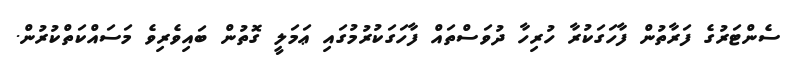
ސެންޓަރުގެ ފަރާތުން ފާހަގަކުރާ ހުރިހާ ދުވަސްތައް ފާހަގަކުރުމުގައި ޢަމަލީ ގޮތުން ބައިވެރިވެ މަސައްކަތްކުރުން.